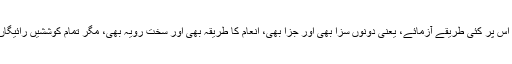
ہم نے اُس پر کئی طریقے آزمائے، یعنی دونوں سزا بھی اور جزا بھی، انعام کا طریقہ بھی اور سخت رویہ بھی، مگر تمام کوششیں رائیگاں گئیں۔